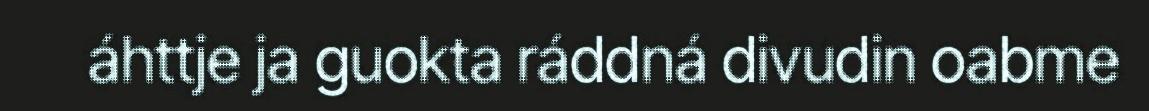
áhttje ja guokta ráddná divudin oabme